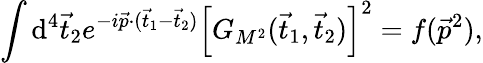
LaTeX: \int\mathrm{d}^{4}\vec{{t}}_{2}e^{-i\vec{{p}}\cdot(\vec{{t}}_{1}-\vec{{t}}_{2})}\left[G_{M^{2}}(\vec{{t}}_{1},\vec{{t}}_{2})\right]^{2}=f(\vec{{p}}^{2}),